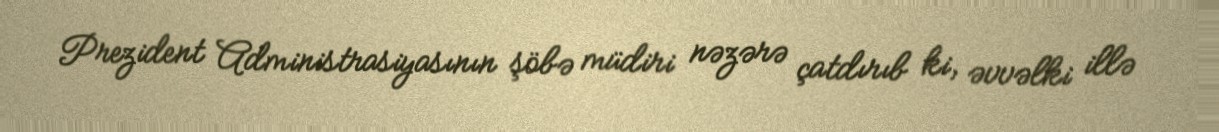
Prezident Administrasiyasının şöbə müdiri nəzərə çatdırıb ki, əvvəlki illə